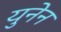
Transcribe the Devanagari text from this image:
युनेन